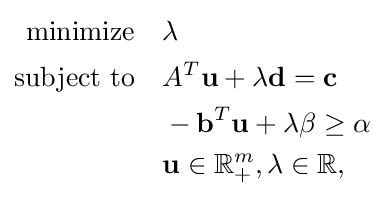
{\begin{aligned}{\text{minimize}}\quad &\lambda \\{\text{subject to}}\quad &A^{T}\mathbf {u} +\lambda \mathbf {d} =\mathbf {c} \\&-\mathbf {b} ^{T}\mathbf {u} +\lambda \beta \geq \alpha \\&\mathbf {u} \in \mathbb {R} _{+}^{m},\lambda \in \mathbb {R} ,\end{aligned}}